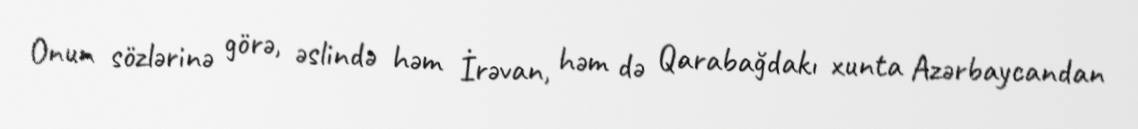
Onun sözlərinə görə, əslində həm İrəvan, həm də Qarabağdakı xunta Azərbaycandan